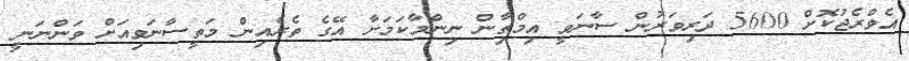
އެވްރެޖުކޮށް 5600 ދަރިވަރުން ސާނަވީ އިމްތިާން ނިންމާކަމަށާ އޭގެ ތެރެއިން މަތީސާނަވިއަށް ވަންނަނީ